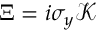
\Xi = i \sigma _ { y } \mathcal { K }